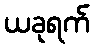
ယခုရက်